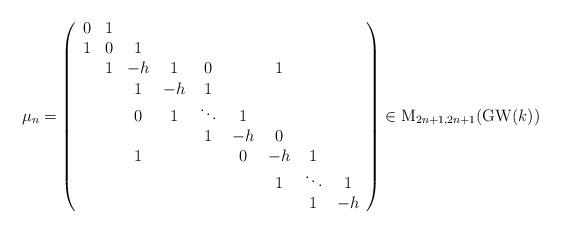
LaTeX: \begin{align*}\mu_{n}=\left(\begin{array}{ccccccccc}0 & 1\\1 & 0 & 1\\ & 1 & -h & 1 & 0 & & 1\\ & & 1 & -h & 1 \\ & & 0 & 1 & \ddots & 1\\ & & & & 1 & -h & 0\\ & & 1 & & & 0 & -h & 1\\ & & & & & & 1 & \ddots & 1 \\ & & & & & & & 1 & -h\end{array}\right)\in \mathrm{M}_{2n+1,2n+1}(\mathrm{GW}(k))\end{align*}